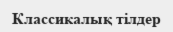
Классикалық тілдер